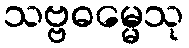
သဗ္ဗဓမ္မေသု